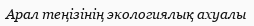
Арал теңізінің экологиялық ахуалы